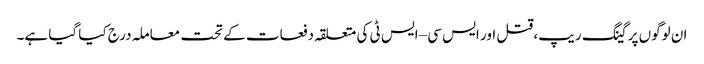
ان لوگوں پر گینگ ریپ، قتل اور ایس سی –ایس ٹی کی متعلقہ دفعات کے تحت معاملہ درج کیا گیا ہے۔